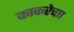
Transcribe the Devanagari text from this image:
काकरेचाा